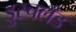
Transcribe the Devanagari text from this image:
डुस्चलँड